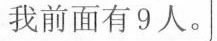
我前面有9人。